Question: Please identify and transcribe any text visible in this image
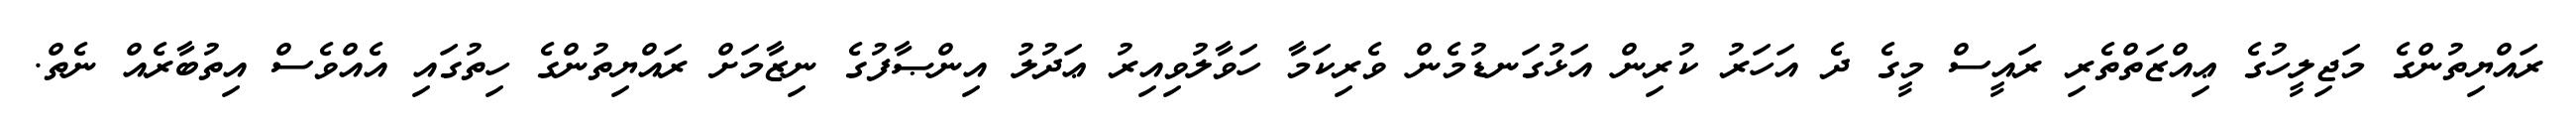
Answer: ރައްޔިތުންގެ މަޖިލީހުގެ ޢިއްޒަތްތެރި ރައީސް މީގެ ދެ އަހަރު ކުރިން އަޅުގަނޑުމެން ވެރިކަމާ ހަވާލުވިއިރު ޢަދުލު އިންޞާފުގެ ނިޒާމަށް ރައްޔިތުންގެ ހިތުގައި އެއްވެސް އިތުބާރެއް ނެތް.